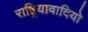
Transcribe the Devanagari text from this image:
राष्ट्रियावादियो